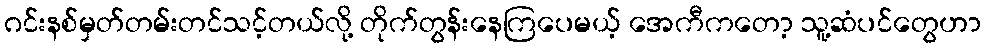
ဂင်းနစ်မှတ်တမ်းတင်သင့်တယ်လို့ တိုက်တွန်းနေကြပေမယ့် အေကီကတော့ သူ့ဆံပင်တွေဟာ